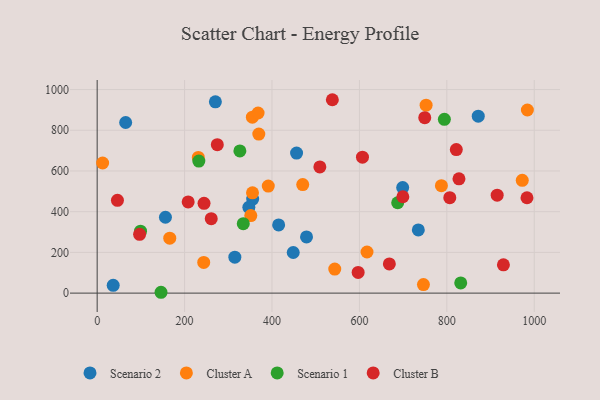
{"axis": {"x": "Investment", "y": "Profit"}, "legend": ["Cluster A", "Cluster B", "Scenario 1", "Scenario 2"], "data": [{"x": "355.8", "y": 461.7, "type": "Scenario 2"}, {"x": "315.0", "y": 176.7, "type": "Scenario 2"}, {"x": "479.0", "y": 275.9, "type": "Scenario 2"}, {"x": "347.0", "y": 421.4, "type": "Scenario 2"}, {"x": "734.8", "y": 310.2, "type": "Scenario 2"}, {"x": "456.2", "y": 687.8, "type": "Scenario 2"}, {"x": "270.5", "y": 939.7, "type": "Scenario 2"}, {"x": "448.6", "y": 199.6, "type": "Scenario 2"}, {"x": "871.9", "y": 869.4, "type": "Scenario 2"}, {"x": "65.2", "y": 838.2, "type": "Scenario 2"}, {"x": "699.0", "y": 518.2, "type": "Scenario 2"}, {"x": "415.2", "y": 334.9, "type": "Scenario 2"}, {"x": "156.2", "y": 372.6, "type": "Scenario 2"}, {"x": "36.7", "y": 38.2, "type": "Scenario 2"}, {"x": "972.6", "y": 554.2, "type": "Cluster A"}, {"x": "470.3", "y": 533.3, "type": "Cluster A"}, {"x": "787.6", "y": 528.0, "type": "Cluster A"}, {"x": "391.5", "y": 525.8, "type": "Cluster A"}, {"x": "984.3", "y": 899.5, "type": "Cluster A"}, {"x": "355.1", "y": 864.2, "type": "Cluster A"}, {"x": "543.6", "y": 118.0, "type": "Cluster A"}, {"x": "368.2", "y": 884.8, "type": "Cluster A"}, {"x": "231.4", "y": 666.4, "type": "Cluster A"}, {"x": "351.5", "y": 380.9, "type": "Cluster A"}, {"x": "166.1", "y": 269.7, "type": "Cluster A"}, {"x": "12.5", "y": 639.2, "type": "Cluster A"}, {"x": "746.5", "y": 42.1, "type": "Cluster A"}, {"x": "369.8", "y": 781.1, "type": "Cluster A"}, {"x": "752.6", "y": 923.2, "type": "Cluster A"}, {"x": "243.8", "y": 150.9, "type": "Cluster A"}, {"x": "355.4", "y": 492.5, "type": "Cluster A"}, {"x": "617.4", "y": 202.0, "type": "Cluster A"}, {"x": "99.2", "y": 304.4, "type": "Scenario 1"}, {"x": "232.6", "y": 648.6, "type": "Scenario 1"}, {"x": "146.1", "y": 4.1, "type": "Scenario 1"}, {"x": "687.6", "y": 444.0, "type": "Scenario 1"}, {"x": "334.3", "y": 341.2, "type": "Scenario 1"}, {"x": "831.8", "y": 50.1, "type": "Scenario 1"}, {"x": "794.4", "y": 853.6, "type": "Scenario 1"}, {"x": "326.5", "y": 698.6, "type": "Scenario 1"}, {"x": "699.4", "y": 473.4, "type": "Cluster B"}, {"x": "261.0", "y": 365.5, "type": "Cluster B"}, {"x": "929.5", "y": 139.1, "type": "Cluster B"}, {"x": "827.8", "y": 561.6, "type": "Cluster B"}, {"x": "749.5", "y": 861.7, "type": "Cluster B"}, {"x": "983.4", "y": 468.5, "type": "Cluster B"}, {"x": "915.2", "y": 481.0, "type": "Cluster B"}, {"x": "46.4", "y": 455.6, "type": "Cluster B"}, {"x": "821.7", "y": 704.9, "type": "Cluster B"}, {"x": "597.1", "y": 101.4, "type": "Cluster B"}, {"x": "274.9", "y": 729.2, "type": "Cluster B"}, {"x": "668.5", "y": 143.5, "type": "Cluster B"}, {"x": "607.0", "y": 668.0, "type": "Cluster B"}, {"x": "509.5", "y": 619.9, "type": "Cluster B"}, {"x": "97.1", "y": 288.9, "type": "Cluster B"}, {"x": "244.5", "y": 441.0, "type": "Cluster B"}, {"x": "538.1", "y": 950.0, "type": "Cluster B"}, {"x": "806.8", "y": 468.9, "type": "Cluster B"}, {"x": "208.2", "y": 448.0, "type": "Cluster B"}]}